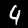
Digit: 4